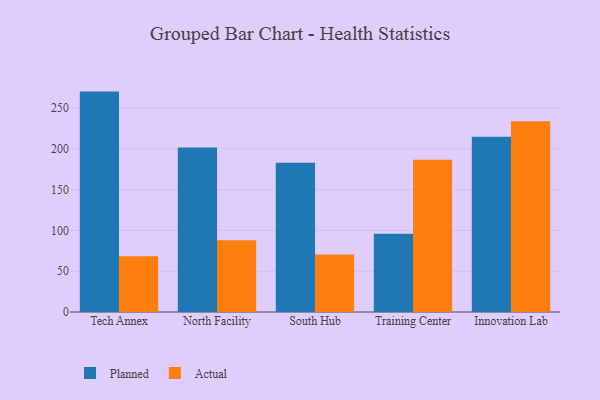
{"axis": {"x": "Campus", "y": "Latency (ms)"}, "legend": ["Actual", "Planned"], "data": [{"x": "Tech Annex", "y": 270.2, "type": "Planned"}, {"x": "Tech Annex", "y": 68.3, "type": "Actual"}, {"x": "North Facility", "y": 201.8, "type": "Planned"}, {"x": "North Facility", "y": 87.9, "type": "Actual"}, {"x": "South Hub", "y": 182.9, "type": "Planned"}, {"x": "South Hub", "y": 70.4, "type": "Actual"}, {"x": "Training Center", "y": 96.0, "type": "Planned"}, {"x": "Training Center", "y": 186.6, "type": "Actual"}, {"x": "Innovation Lab", "y": 214.9, "type": "Planned"}, {"x": "Innovation Lab", "y": 233.8, "type": "Actual"}]}